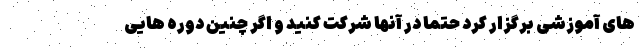
های آموزشی برگزار کرد حتما در آنها شرکت کنید و اگر چنین دوره هایی